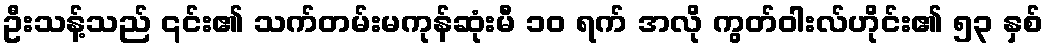
ဦးသန့်သည် ၎င်း၏ သက်တမ်းမကုန်ဆုံးမီ ၁၀ ရက် အလို ကွတ်ဝါးလ်ဟိုင်း၏ ၅၃ နှစ်